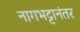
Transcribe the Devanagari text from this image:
नागभट्टानंतर